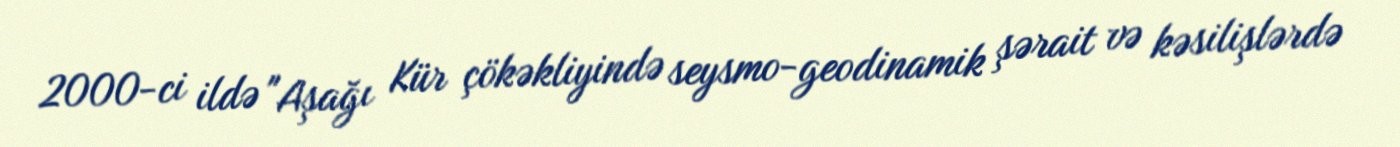
2000-ci ildə "Aşağı Kür çökəkliyində seysmo-geodinamik şərait və kəsilişlərdə